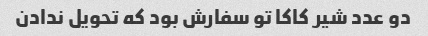
دو عدد شیر کاکا تو سفارش بود که تحویل ندادن